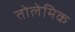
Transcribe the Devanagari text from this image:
तोलेमिक